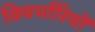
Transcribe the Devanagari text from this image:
विचर्धारियों